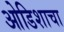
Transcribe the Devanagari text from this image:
ओडिशाचा